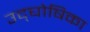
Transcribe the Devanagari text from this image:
उद्‌घोषिका